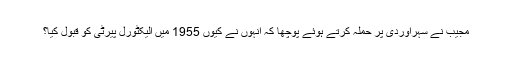
مجیب نے سہراوردی پر حملہ کرتے ہوئے پوچھا کہ انہوں نے کیوں 1955 میں الیکٹورل پیرٹی کو قبول کیا؟